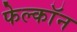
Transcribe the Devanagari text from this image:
फेल्काॅन